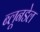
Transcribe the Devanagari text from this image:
ब्लूनडेल